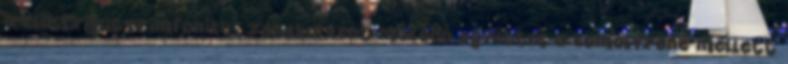
a klasszikus szimfonikus zenekarként működő együttes a komolyzene mellett